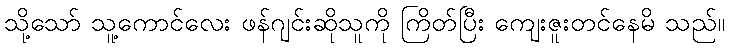
သို့သော် သူ့ကောင်လေး ဖန်ဂျင်းဆိုသူကို ကြိတ်ပြီး ကျေးဇူးတင်နေမိ သည်။